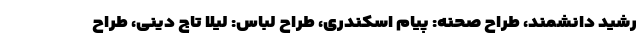
رشید دانشمند، طراح صحنه: پیام اسکندری، طراح لباس: لیلا تاج دینی، طراح